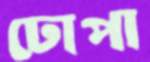
ঢোপা